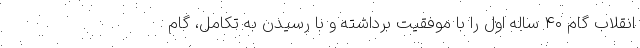
انقلاب گام ۴۰ ساله اول را با موفقیت برداشته و با رسیدن به تکامل، گام